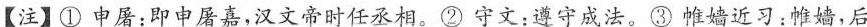
【注】①中屠：即申屠嘉，汉文帝时任丞相。②守文：遵守成法，③唯嫱近习：惟婧，后